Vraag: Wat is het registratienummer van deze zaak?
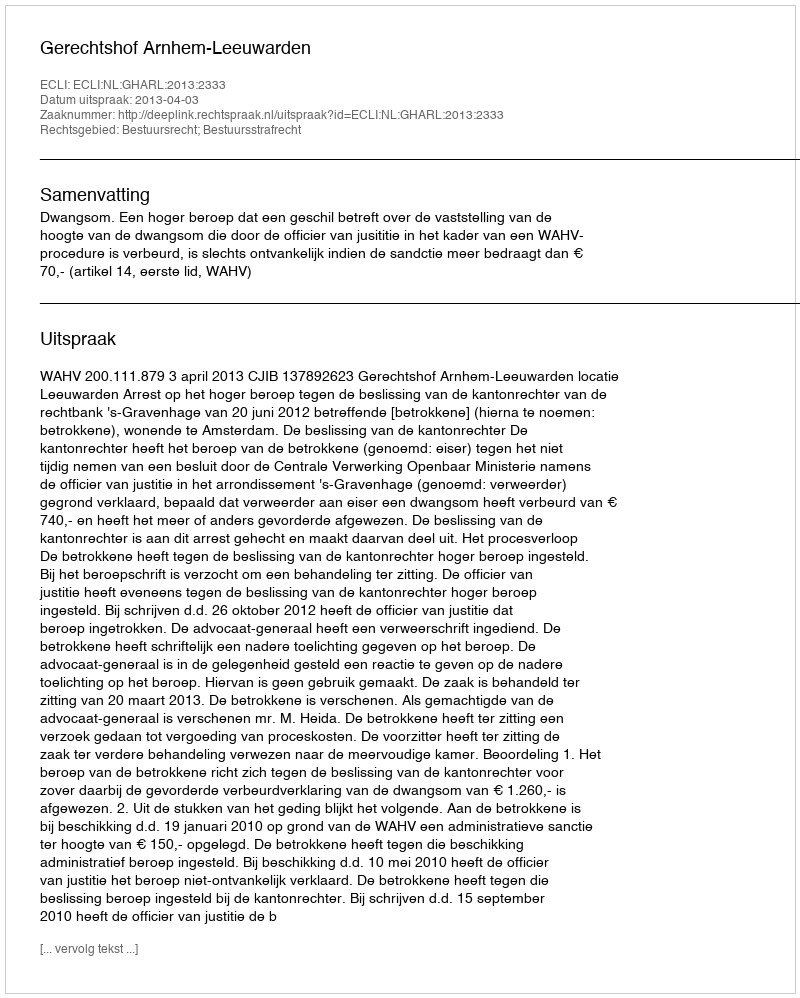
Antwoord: http://deeplink.rechtspraak.nl/uitspraak?id=ECLI:NL:GHARL:2013:2333